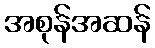
အစုန်အဆန်